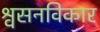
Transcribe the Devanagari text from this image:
श्वसनविकार